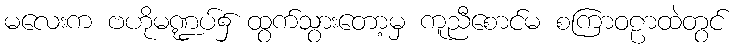
မလေးက ဗဟိုမဏ္ဍပ်၌ ထွက်သွားတော့မှ ကူညီစောင်မ စကြာဝဠာထဲတွင်